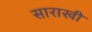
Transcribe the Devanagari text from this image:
साराखी